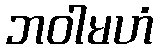
ဘဝါမဟံ